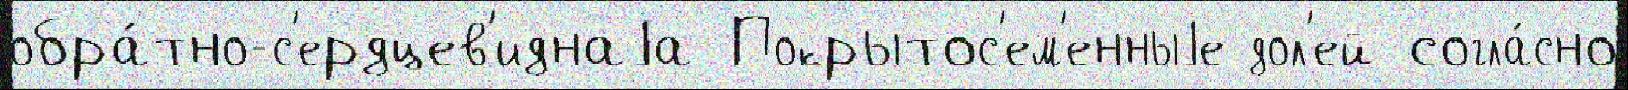
обра́тно-с'ердцев'иднаjа Покрытос'ем'енныjе дол'ей согла́сно